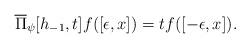
LaTeX: \begin{align*}\overline{\Pi}_{\psi}[h_{-1}, t]f([\epsilon,x])=tf([-\epsilon, x]).\end{align*}